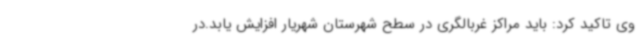
وی تاکید کرد: باید مراکز غربالگری در سطح شهرستان شهریار افزایش یابد.در